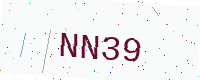
Text: NN39